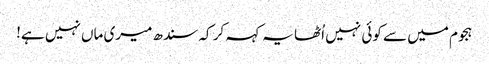
ہجوم میں سے کوئی نہیں اُٹھا یہ کہہ کر کہ سندھ میری ماں نہیں ہے!